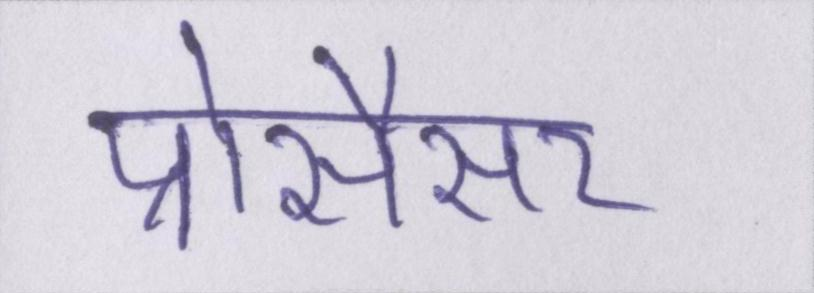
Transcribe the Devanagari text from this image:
प्रोसैसर